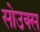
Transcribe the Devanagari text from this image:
सोउक्स